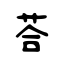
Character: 荅